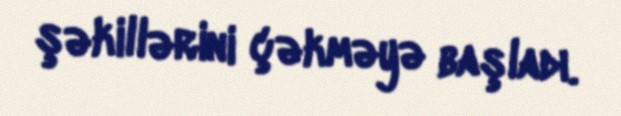
şəkillərini çəkməyə başladı.